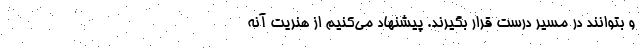
و بتوانند در مسیر درست قرار بگیرند. پیشنهاد می‌کنیم از هنریت آنه